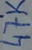
Text: 47K